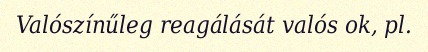
Valószínűleg reagálását valós ok, pl.